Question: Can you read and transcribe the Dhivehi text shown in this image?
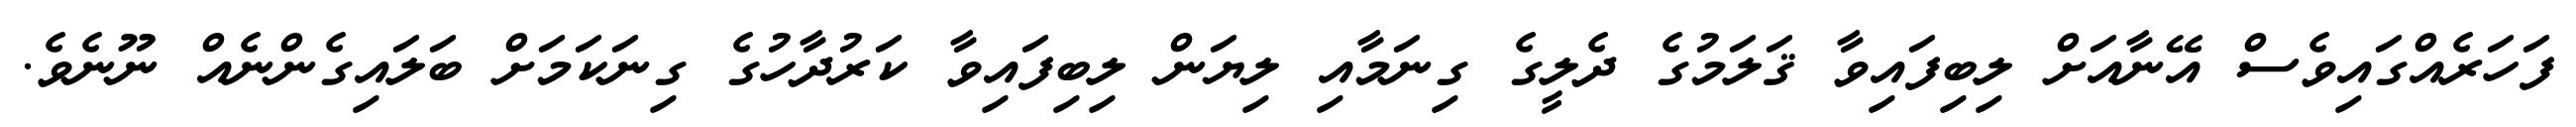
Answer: ފަހަރެއްގައިވެސް އޭނާއަށް ލިބިފައިވާ ޤަލަމުގެ ދެލީގެ ގިނަމާއި ލިޔަން ލިބިފައިވާ ކަރުދާހުގެ ގިނަކަމަށް ބަލައިގެންނެއް ނޫނެވެ.